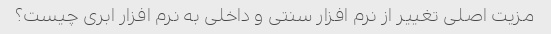
مزیت اصلی تغییر از نرم افزار سنتی و داخلی به نرم افزار ابری چیست؟